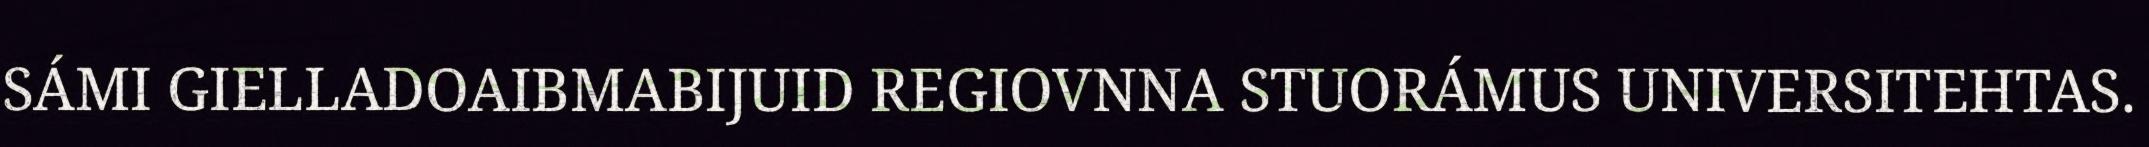
SÁMI GIELLADOAIBMABIJUID REGIOVNNA STUORÁMUS UNIVERSITEHTAS.